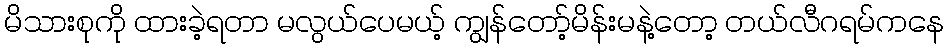
မိသားစုကို ထားခဲ့ရတာ မလွယ်ပေမယ့် ကျွန်တော့်မိန်းမနဲ့တော့ တယ်လီဂရမ်ကနေ